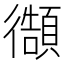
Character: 𭜊